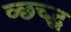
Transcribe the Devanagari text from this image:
व्छच्द्ध